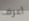
أعرف